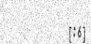
[:6]